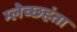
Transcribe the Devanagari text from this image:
म्लेच्छहंता